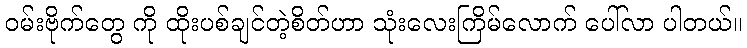
ဝမ်းဗိုက်တွေ ကို ထိုးပစ်ချင်တဲ့စိတ်ဟာ သုံးလေးကြိမ်လောက် ပေါ်လာ ပါတယ်။